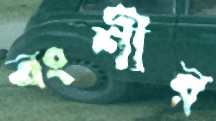
বংশীর